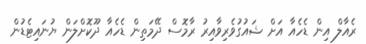
ރެއާލް އިން ޑެހެއާ އަށް ޝައުގުވެރިވާއިރު ރާމޮސް ދޭމަތިން ޑެހެއާ ދޫކޮށްލަން ޔުނައިޓެޑުން